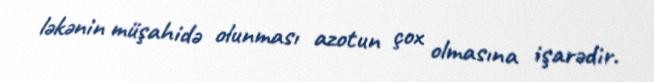
ləkənin müşahidə olunması azotun çox olmasına işarədir.